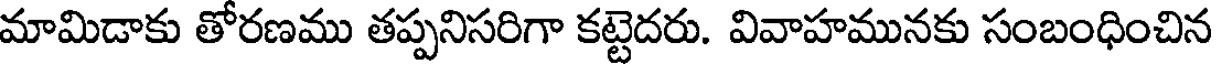
మామిడాకు తోరణము తప్పనిసరిగా కట్టెదరు. వివాహమునకు సంబంధించిన